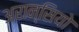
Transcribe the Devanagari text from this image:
अरान्सियो